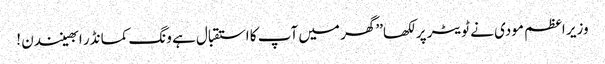
وزیر اعظم مودی نے ٹویٹر پر لکھا’’ گھر میں آپ کا استقبال ہے ونگ کمانڈر ابھینندن !